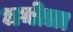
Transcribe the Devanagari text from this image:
धनोत्रा